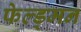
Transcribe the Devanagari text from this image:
फेल्ड्मन